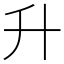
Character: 升